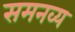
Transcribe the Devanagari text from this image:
समनव्य